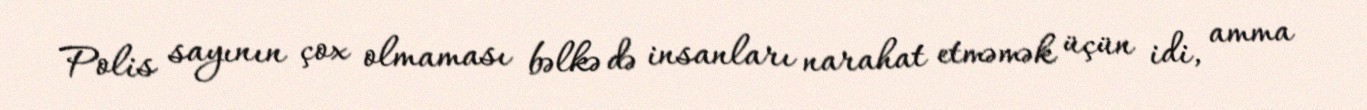
Polis sayının çox olmaması bəlkə də insanları narahat etməmək üçün idi, amma